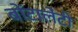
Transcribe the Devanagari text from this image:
बोंटालेंटी